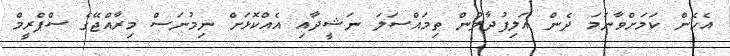
އެހެން ކަމަށްވާނަމަ ދެން އަލިފުދާލުން ތިމައްސަލަ ނަޝީދާއި އެއްކޮޅަށް ނިމުނަސް މިރާއްޖޭގެ ސްޕްރީމް